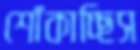
শোঁকাচ্ছিস